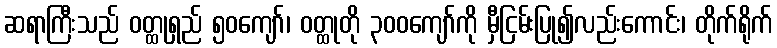
ဆရာကြီးသည် ဝတ္ထုရှည် ၅၀ကျော်၊ ဝတ္ထုတို ၃၀၀ကျော်ကို မှီငြမ်းပြု၍လည်းကောင်း၊ တိုက်ရိုက်